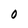
Character: O